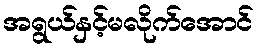
အရွယ်နှင့်မလိုက်အောင်